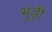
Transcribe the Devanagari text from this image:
भूड़ी